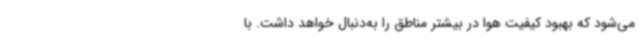
می‌شود که بهبود کیفیت هوا در بیشتر مناطق را به‌دنبال خواهد داشت. با